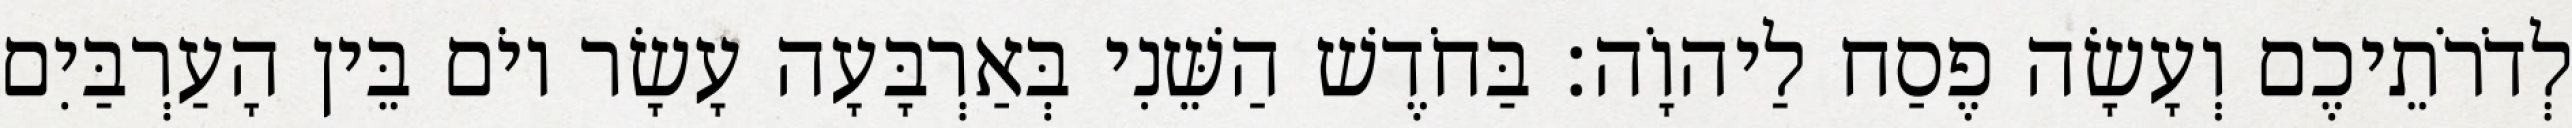
לְדֹרֹתֵיכֶם וְעָשָׂה פֶסַח לַיהוָֹה׃ בַּחֹדֶשׁ הַשֵּׁנִי בְּאַרְבָּעָה עָשָׂר יוֹם בֵּין הָעַרְבַּיִם